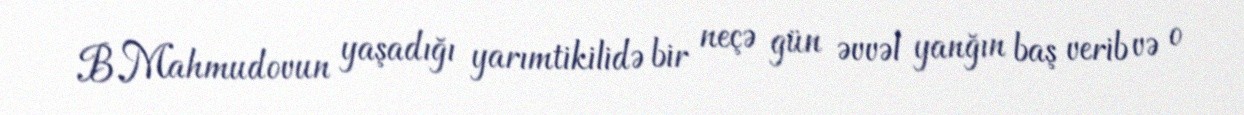
B.Mahmudovun yaşadığı yarımtikilidə bir neçə gün əvvəl yanğın baş verib və o